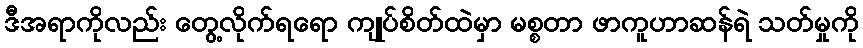
ဒီအရာကိုလည်း တွေ့လိုက်ရရော ကျုပ်စိတ်ထဲမှာ မစ္စတာ ဖာကူဟာဆန်ရဲ သတ်မှုကို